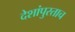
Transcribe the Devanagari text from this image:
देशांपुरताच